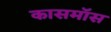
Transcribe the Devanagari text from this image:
कासमॉस